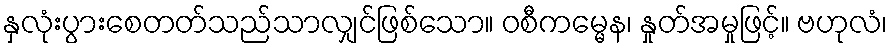
နှလုံးပွားစေတတ်သည်သာလျှင်ဖြစ်သော။ ဝစီကမ္မေန၊ နှုတ်အမှုဖြင့်။ ဗဟုလံ၊